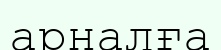
арналға